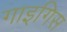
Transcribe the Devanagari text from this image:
गाइगिस